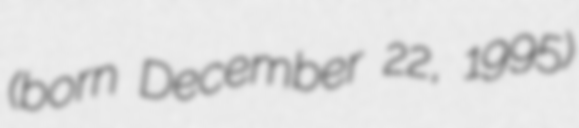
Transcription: (born December 22, 1995)